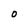
Character: O